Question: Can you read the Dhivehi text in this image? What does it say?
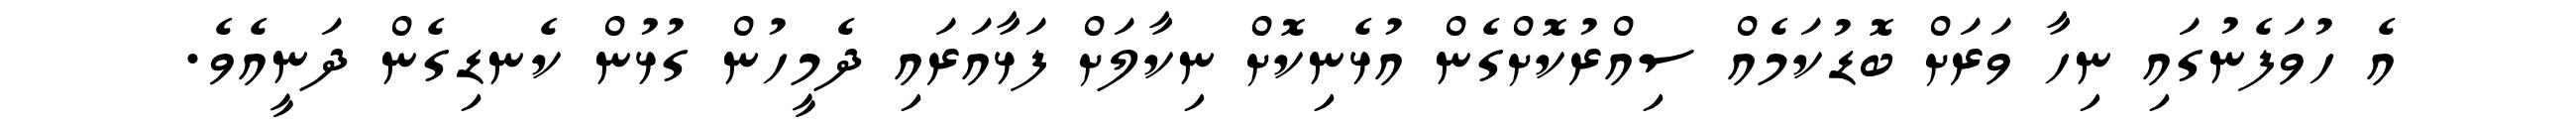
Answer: އެ ހުވަފެނުގައި ނިހާ ވަރަށް ބޮޑުކަމެއް ސިއްރުކޮށްގެން އުޅެނިކޮށް ނިކާލަށް ފަޅާއަރައި ދެމީހުން ގުޅުން ކެނޑިގެން ދަނީއެވެ.